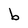
Character: b